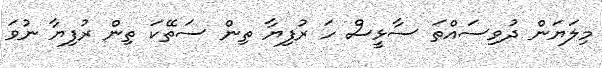
މިލަޔަން ދުވިސައްތަ ސާޅީސް ހަ ރުފިޔާ ތިން ސަތޭކަ ތިން ރުފިޔާ ނުވަ